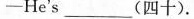
-He's ___ (四十).